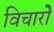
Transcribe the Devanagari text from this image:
विचारोें